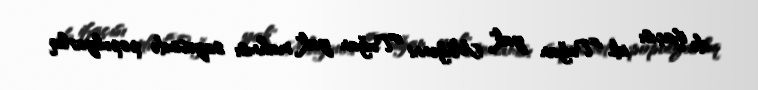
də ifaçısı idi. "Tuğan yak" Müğənni "Tuğan yak" mahnısı sayəsində populyarlıq